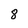
Character: 8